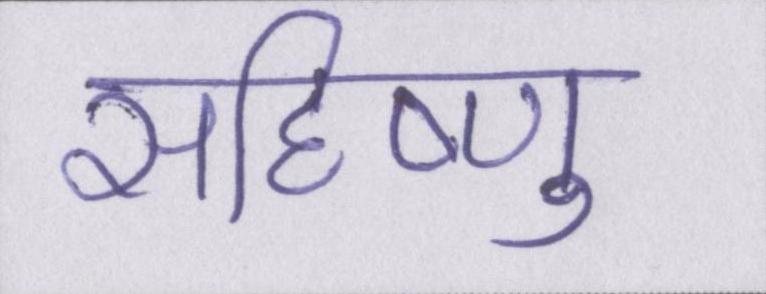
सहिष्णु